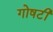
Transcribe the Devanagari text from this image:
गोषटी